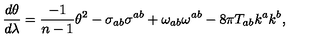
{ \frac { d \theta } { d \lambda } } = { { \frac { - 1 } { n - 1 } } { \theta ^ { 2 } } } - \sigma _ { a b } \sigma ^ { a b } + \omega _ { a b } \omega ^ { a b } - 8 \pi T _ { a b } k ^ { a } k ^ { b } ,